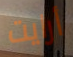
أرايت